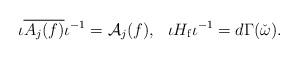
LaTeX: \begin{align*}\iota \overline{ A_{j}(f)}\iota^{-1}=\mathcal{A}_{ j}(f),\ \ \iota H_{\mathrm{f}}\iota^{-1}=d\Gamma(\check{\omega}). \end{align*}